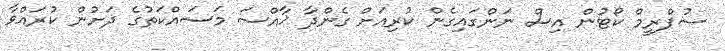
ސުޕްރީމް ކޯޓުން އިސް ނަންގައިގެން ކުރިއަށް ގެންދާ ޚާއްސަ މަސައްކަތުގެ ދަށުން ކުރައްވާ